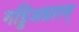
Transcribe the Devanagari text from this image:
गड्डिअन्नारम्